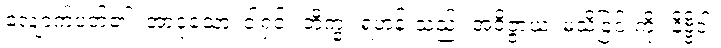
လျောက်ပတ်၏။ အာဝုသော၊ ငါ့ရှင်။ ဘိက္ခု၊ ရဟန်းသည်။ အဝိဇ္ဇာယ၊ မသိခြင်းကို။ နိဗ္ဗိဒါ၊